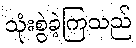
သုံးစွဲခဲ့ကြသည်